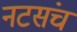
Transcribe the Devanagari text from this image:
नटसंच